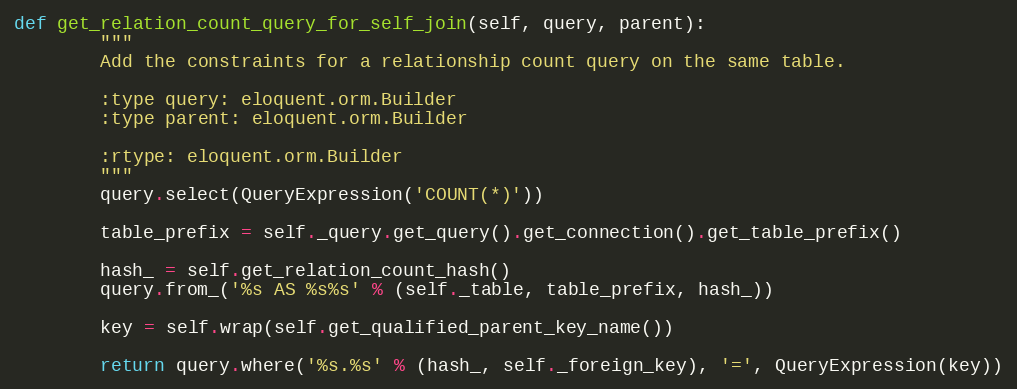
Language: Python
def get_relation_count_query_for_self_join(self, query, parent):
        """
        Add the constraints for a relationship count query on the same table.

        :type query: eloquent.orm.Builder
        :type parent: eloquent.orm.Builder

        :rtype: eloquent.orm.Builder
        """
        query.select(QueryExpression('COUNT(*)'))

        table_prefix = self._query.get_query().get_connection().get_table_prefix()

        hash_ = self.get_relation_count_hash()
        query.from_('%s AS %s%s' % (self._table, table_prefix, hash_))

        key = self.wrap(self.get_qualified_parent_key_name())

        return query.where('%s.%s' % (hash_, self._foreign_key), '=', QueryExpression(key))